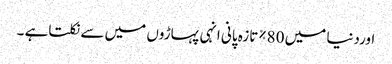
اوردنیا میں 80%تازہ پانی انہی پہاڑوں میں سے نکلتاہے ۔